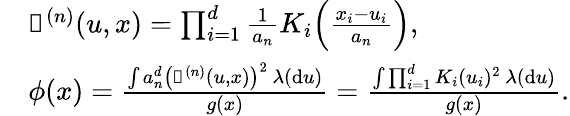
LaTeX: \begin{array}{rl}&{\mathbb{k}^{(n)}(u,x)=\prod_{i=1}^{d}\frac{1}{a_{n}}K_{i}\Big(\frac{x_{i}-u_{i}}{a_{n}}\Big),}\\ &{\phi(x)=\frac{\int a_{n}^{d}\big(\mathbb{k}^{(n)}(u,x)\big)^{2}\, \lambda(\mathrm{d}u)}{g(x)}=\frac{\int\prod_{i=1}^{d}K_{i}(u_{i})^{2}\, \lambda(\mathrm{d}u)}{g(x)}.}\end{array}